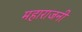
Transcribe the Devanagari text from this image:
महाराजनी